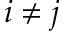
i \neq j